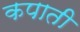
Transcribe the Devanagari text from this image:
कपाती